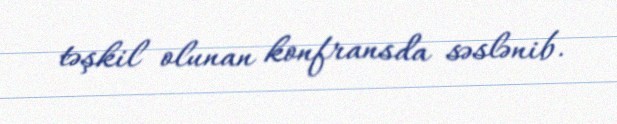
təşkil olunan konfransda səslənib.